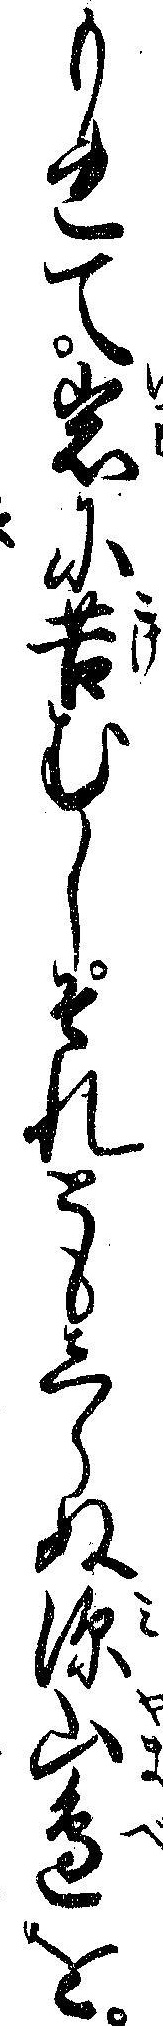
もれて岩に苔むしそれともしらぬ深山辺を